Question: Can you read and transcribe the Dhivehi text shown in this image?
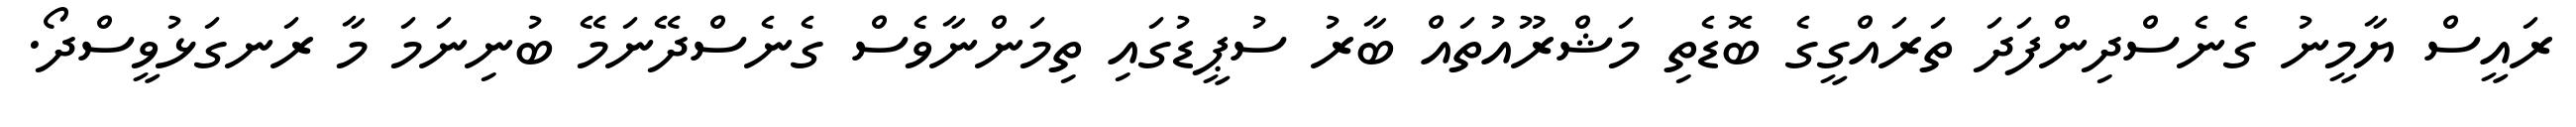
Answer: ރައީސް ޔާމީނު ގެނެސްދިންފަދަ ތަރައްގީގެ ބޮޑެތި މަޝްރޫއުތައް ބާރު ސުޕީޑުގައި ތިމަންނާވެސް ގެނެސްދޭނަމޭ ބުނިނަމަ މާ ރަނގަޅުވީސްދޯ.